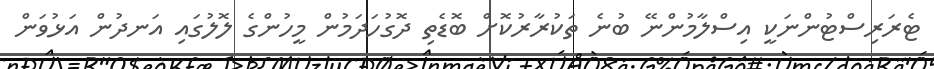
ޓެރަރިސްޓުންނަކީ އިސްލާމުންނޭ ބުނެ ތަކުރާރުކޮށް ބޮޑެތި ދޮގުހަދަމުން މީހުންގެ ލޮލުގައި އަނދުން އަޅުވަން